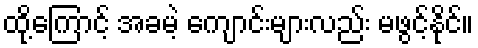
ထို့ကြောင့် အခမဲ့ ကျောင်းများလည်း မဖွင့်နိုင်။